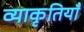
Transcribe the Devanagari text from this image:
व्याकृतियाँ